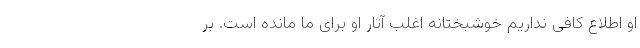
او اطلاع کافی نداریم خوشبختانه اغلب آثار او برای ما مانده است. بر